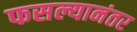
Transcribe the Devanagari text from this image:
फसल्यानंतर